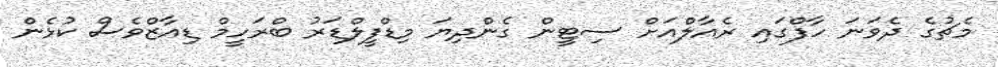
މެޗުގެ ދެވަނަ ހާފްގައި ރެއާލްއަށް ސިޓީން ގެންދިޔަ މިޑްފީލްޑަރު ބްރަހީމް ޑިއާޒްވެސް ކުޅެން